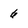
Character: 6